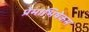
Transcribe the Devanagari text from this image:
प्रेमाभिषेकम